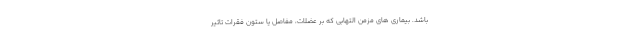
باشد. بیماری های مزمن التهابی که بر عضلات، مفاصل یا ستون فقرات تاثیر